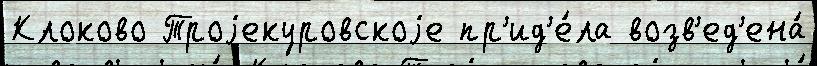
Клоково Троjекуровскоjе пр'ид'е́ла возв'ед'ена́